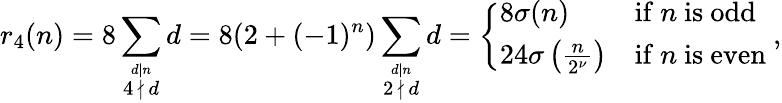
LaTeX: r_{4}(n)=8\sum_{\stackrel{d\mid n}{4\, \nmid\, d}}d=8(2+(-1)^{n})\sum_{\stackrel{d\mid n}{2\, \nmid\, d}}d={\left\{ \begin{array}{ll}{8\sigma(n)}&{{\mathrm{if~}}n{\mathrm{~is~odd~}}}\\ {24\sigma\left({\frac{n}{2^{\nu}}}\right)}&{{\mathrm{if~}}n{\mathrm{~is~even~}}}\end{array}\right.},